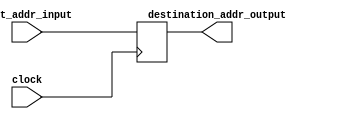
`timescale 1ps / 1ps
//////////////////////////////////////////////////////////////////////////////////
// Company: 
// Engineer: 
// 
// Design Name: 
// Module Name: destination_reg_address
// Project Name: 
// Target Devices: 
// Tool Versions: 
// Description: 
// 
// Dependencies: 
// 
// Revision:
// Revision 0.01 - File Created
// Additional Comments:
// 
//////////////////////////////////////////////////////////////////////////////////


module destination_reg_address(
input [4:0]dest_addr_input,input clock,output[4:0]destination_addr_output);
reg [4:0]data_reg;
always@(posedge clock)
begin
data_reg=dest_addr_input;
end
assign destination_addr_output[4:0]=data_reg[4:0];
endmodule